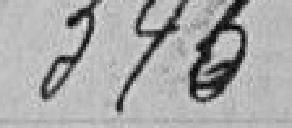
345